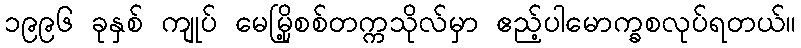
၁၉၉၆ ခုနှစ် ကျုပ် မေမြို့စစ်တက္ကသိုလ်မှာ ဧည့်ပါမောက္ခစလုပ်ရတယ်။